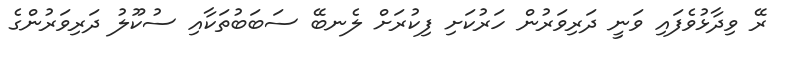
ރޭ ވިދާޅުވެފައި ވަނީ ދަރިވަރުން ހަރުކަށި ފިކުރަށް ލެނބޭ ސަބަބުތަކާއި ސުކޫލު ދަރިވަރުންގެ